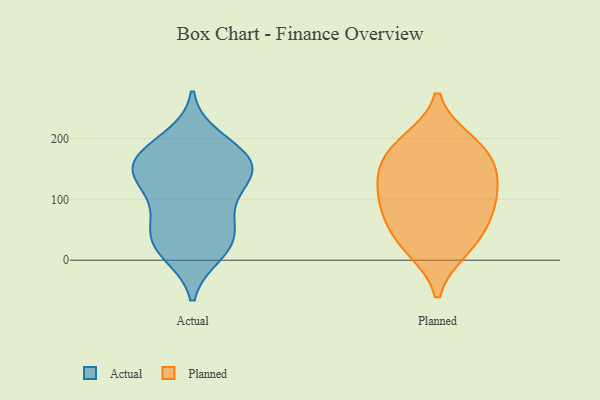
{"axis": {"x": "Website Visitors", "y": "Value"}, "legend": ["Actual", "Planned"], "data": [{"x": "", "y": 152, "type": "Actual"}, {"x": "", "y": 19, "type": "Actual"}, {"x": "", "y": 67, "type": "Actual"}, {"x": "", "y": 177, "type": "Actual"}, {"x": "", "y": 26, "type": "Actual"}, {"x": "", "y": 11, "type": "Actual"}, {"x": "", "y": 145, "type": "Actual"}, {"x": "", "y": 38, "type": "Actual"}, {"x": "", "y": 169, "type": "Actual"}, {"x": "", "y": 135, "type": "Actual"}, {"x": "", "y": 59, "type": "Actual"}, {"x": "", "y": 145, "type": "Actual"}, {"x": "", "y": 200, "type": "Actual"}, {"x": "", "y": 174, "type": "Actual"}, {"x": "", "y": 126, "type": "Actual"}, {"x": "", "y": 98, "type": "Actual"}, {"x": "", "y": 26, "type": "Planned"}, {"x": "", "y": 172, "type": "Planned"}, {"x": "", "y": 138, "type": "Planned"}, {"x": "", "y": 19, "type": "Planned"}, {"x": "", "y": 61, "type": "Planned"}, {"x": "", "y": 89, "type": "Planned"}, {"x": "", "y": 80, "type": "Planned"}, {"x": "", "y": 194, "type": "Planned"}, {"x": "", "y": 184, "type": "Planned"}, {"x": "", "y": 115, "type": "Planned"}, {"x": "", "y": 137, "type": "Planned"}]}